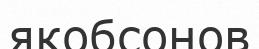
якобсонов